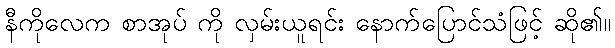
နီကိုလေက စာအုပ် ကို လှမ်းယူရင်း နောက်ပြောင်သံဖြင့် ဆို၏။